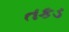
તકડ